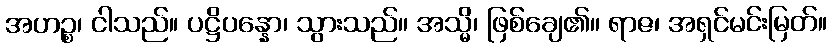
အဟဉ္စ၊ ငါသည်။ ပဋ္ဌိပန္နော၊ သွားသည်။ အသ္မိ၊ ဖြစ်ချေ၏။ ရာဇ၊ အရှင်မင်းမြတ်။